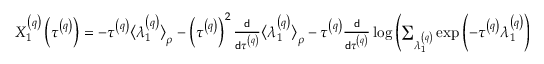
\begin{array} { r } { X _ { 1 } ^ { \left( q \right) } \left( \tau ^ { \left( q \right) } \right) = - \tau ^ { \left( q \right) } \big \langle \lambda _ { 1 } ^ { \left( q \right) } \big \rangle _ { \rho } - \left( \tau ^ { \left( q \right) } \right) ^ { 2 } \frac { \mathsf { d } } { \mathsf { d } \tau ^ { \left( q \right) } } \big \langle \lambda _ { 1 } ^ { \left( q \right) } \big \rangle _ { \rho } - \tau ^ { \left( q \right) } \frac { \mathsf { d } } { \mathsf { d } \tau ^ { \left( q \right) } } \log \left( \sum _ { \lambda _ { 1 } ^ { \left( q \right) } } \exp \left( - \tau ^ { \left( q \right) } \lambda _ { 1 } ^ { \left( q \right) } \right) \right) , } \end{array}